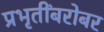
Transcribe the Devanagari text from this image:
प्रभृतींबरोबर